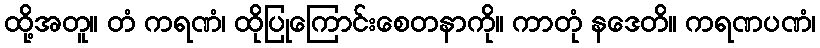
ထို့အတူ။ တံ ကရဏံ၊ ထိုပြုကြောင်းစေတနာကို။ ကာတုံ နဒေတိ။ ကရဏပဏံ၊